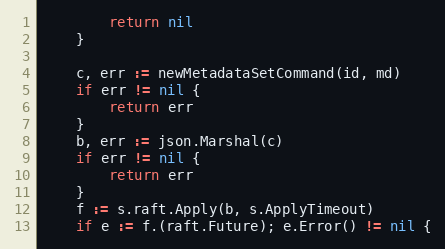
Language: Go
		return nil
	}

	c, err := newMetadataSetCommand(id, md)
	if err != nil {
		return err
	}
	b, err := json.Marshal(c)
	if err != nil {
		return err
	}
	f := s.raft.Apply(b, s.ApplyTimeout)
	if e := f.(raft.Future); e.Error() != nil {